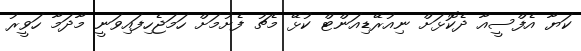
ކަޔާ އެފްސީއާ ދެކޮޅަށް ނިއުރޭޑިއަންޓް ކުޅޭ މެޗު ފެށުމަށް ހަމަޖެހިފައިވަނީ މާދަމާ ހަވީރު